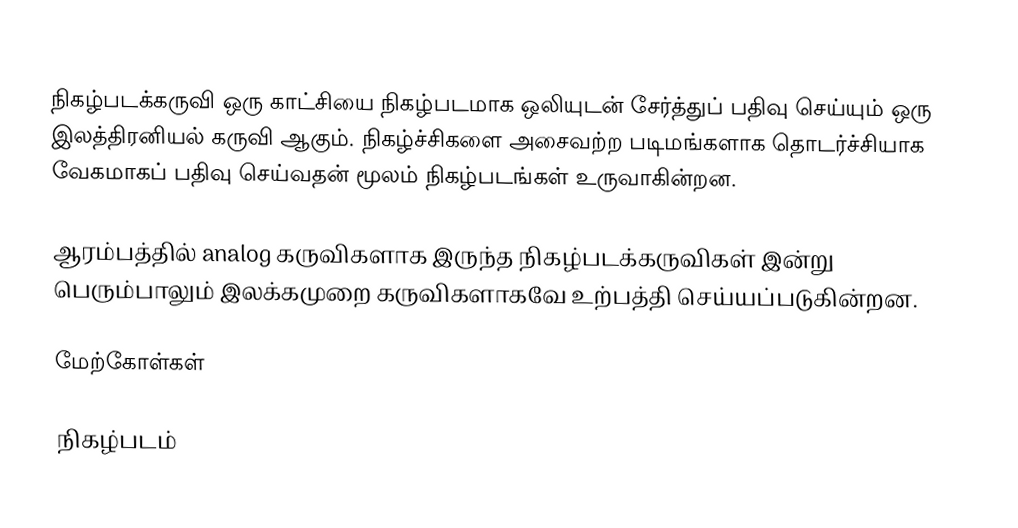
நிகழ்படக்கருவி ஒரு காட்சியை நிகழ்படமாக ஒலியுடன் சேர்த்துப் பதிவு செய்யும் ஒரு இலத்திரனியல் கருவி ஆகும். நிகழ்ச்சிகளை அசைவற்ற படிமங்களாக தொடர்ச்சியாக வேகமாகப் பதிவு செய்வதன் மூலம் நிகழ்படங்கள் உருவாகின்றன.

ஆரம்பத்தில் analog கருவிகளாக இருந்த நிகழ்படக்கருவிகள் இன்று பெரும்பாலும் இலக்கமுறை கருவிகளாகவே உற்பத்தி செய்யப்படுகின்றன.

மேற்கோள்கள்

நிகழ்படம்